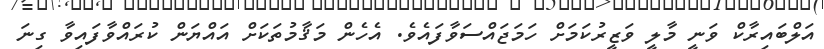
އަލްބައިރާކް ވަނީ މާލީ ވަޒީރުކަމަށް ހަމަޖައްސަވާފައެވެ. އެހެން މަޤާމުތަކަށް އައްޔަން ކުރައްވާފައިވާ ގިނަ